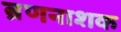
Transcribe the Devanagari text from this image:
ब्रणनाशक